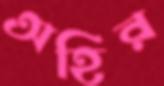
অহির